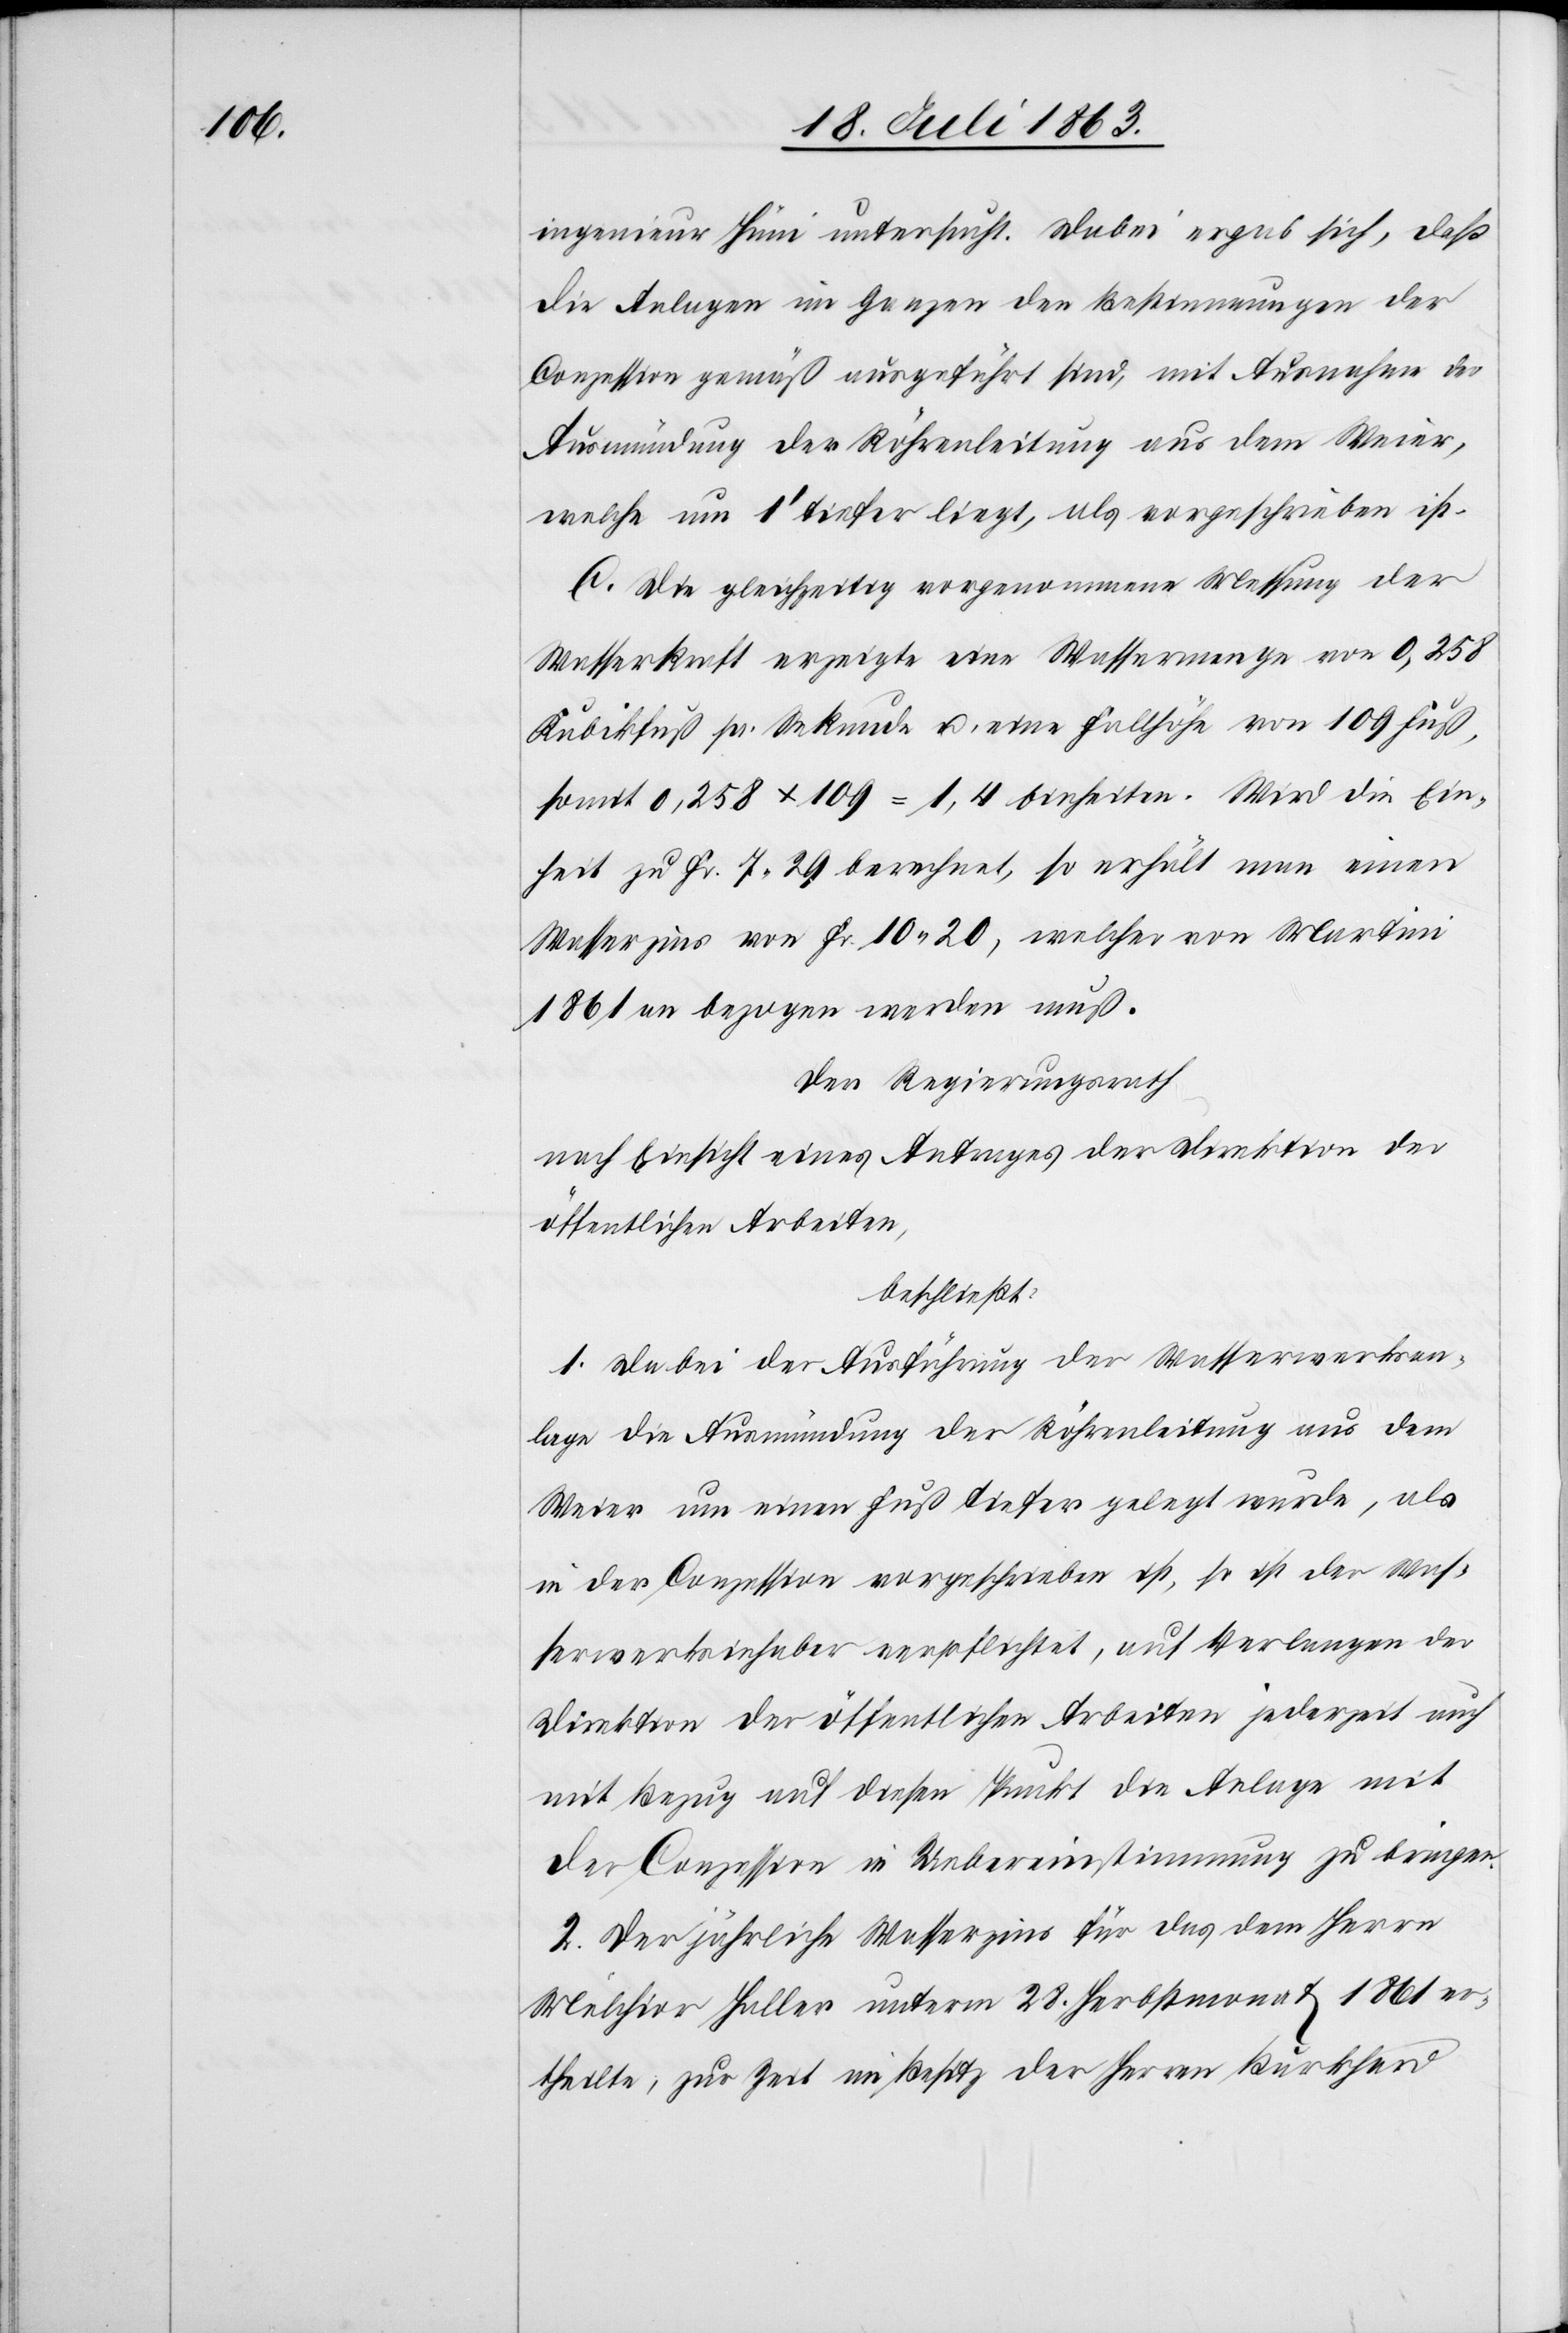
ingenieur Hüni untersucht. Dabei ergab sich, daß
die Anlagen im Ganzen den Bestimmungen der
Conzession gemäß ausgeführt sind, mit Ausnahme der
Ausmündung der Röhrenleitung aus dem Weier,
welche um 1' tiefer liegt, als vorgeschrieben ist.
C. Die gleichzeitig vorgenommene Messung der
Wasserkraft erzeigte eine Wassermenge von 0,258
Kubikfuß pr. Sekunde u. eine Fallhöhe von 109 Fuß,
somit 0,258 x 109 = 1,4 Einheiten. Wird die Ein¬
heit zu Fr. 7. 29 berechnet, so erhält man einen
Wasserzins von Fr. 10. 20, welcher von Martini
1861 an bezogen werden muß.
Der Regierungsrath
nach Einsicht eines Antrages der Direktion der
öffentlichen Arbeiten,
beschließt:
1. Da bei der Ausführung der Wasserwerksan¬
lage die Ausmündung der Röhrenleitung aus dem
Weier um einen Fuß tiefer gelegt wurde, als
in der Conzession vorgeschrieben ist, so ist der Was¬
serwerksinhaber verpflichtet, auf Verlangen der
Direktion der öffentlichen Arbeiten jederzeit auch
mit Bezug auf diesen Punkt die Anlage mit
der Conzession in Uebereinstimmung zu bringen.
2. Der jährliche Wasserzins für das dem Herrn
Melchior Haller unterm 28. Herbstmonat 1861 er¬
theilte, zur Zeit im Besitz der Herren Burkhard